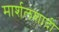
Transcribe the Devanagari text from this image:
मार्शलशादी